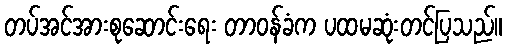
တပ်အင်အားစုဆောင်းရေး တာဝန်ခံက ပထမဆုံးတင်ပြသည်။